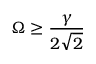
\Omega \geq \frac { \gamma } { 2 \sqrt { 2 } }